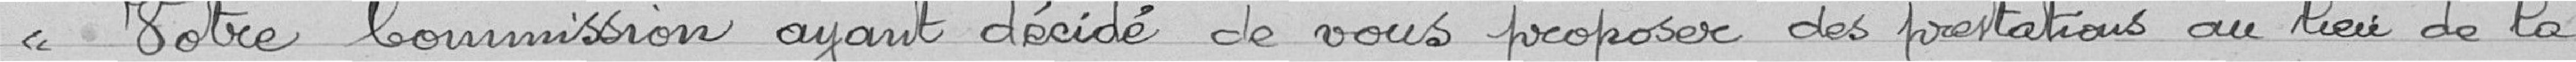
Votre Commission ayant décidé de vous proposer des prestations au lieu de la